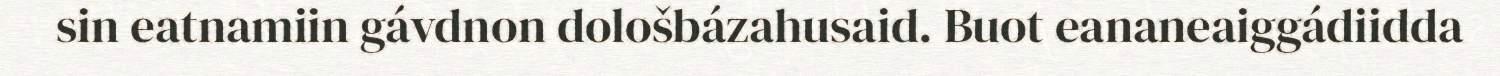
sin eatnamiin gávdnon dološbázahusaid. Buot eananeaiggádiidda